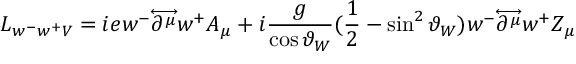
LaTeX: { \cal { L } } _ { w ^ { - } w ^ { + } V } = i e w ^ { - } { \overleftrightarrow { \partial ^ { \mu } } } w ^ { + } A _ { \mu } + i \frac { g } { \cos \vartheta _ { W } } ( \frac { 1 } { 2 } - \sin ^ { 2 } \vartheta _ { W } ) w ^ { - } { \overleftrightarrow { \partial ^ { \mu } } } w ^ { + } Z _ { \mu }